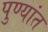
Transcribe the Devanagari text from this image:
पुण्यांत